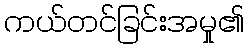
ကယ်တင်ခြင်းအမှု၏